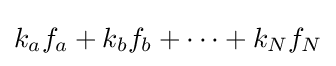
k_{a}f_{a}+k_{b}f_{b}+\cdots +k_{N}f_{N}